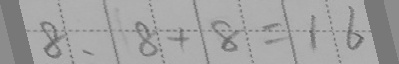
8 . 8 + 8 = 1 6